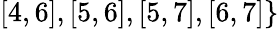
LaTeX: [4,6],[5,6],[5,7],[6,7]\}